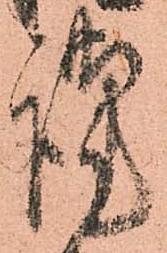
謹